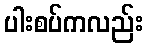
ပါးစပ်ကလည်း